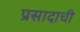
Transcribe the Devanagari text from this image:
प्रसादाची